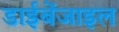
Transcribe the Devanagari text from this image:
डाईबेंजाइल